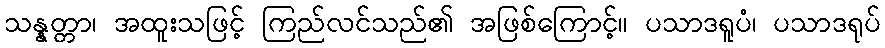
သန္နတ္တာ၊ အထူးသဖြင့် ကြည်လင်သည်၏ အဖြစ်ကြောင့်။ ပသာဒရူပံ၊ ပသာဒရုပ်